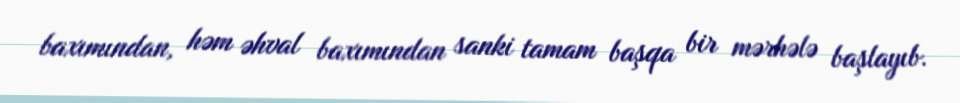
baxımından, həm əhval baxımından sanki tamam başqa bir mərhələ başlayıb.